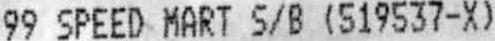
99 SPEED MART S/B (519537-X)